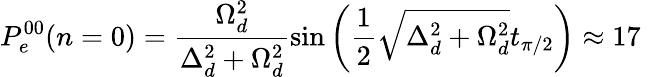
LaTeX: P_{e}^{00}(n=0)=\frac{\Omega_{d}^{2}}{\Delta_{d}^{2}+\Omega_{d}^{2}}\sin{\left(\frac{1}{2}\sqrt{\Delta_{d}^{2}+\Omega_{d}^{2}}t_{\pi/2}\right)}\approx 17\